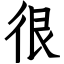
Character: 很